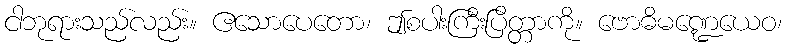
ငါဘုရားသည်လည်း။ ဧသောပေတော၊ ဤစပါးကြီးပြိတ္တာကို။ ဗောဓိမဏ္ဍေယေဝ၊